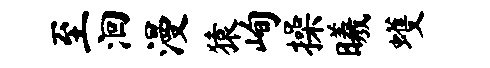
至洄漫猿峋操曦蠖